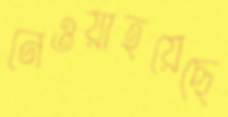
নেওয়াহয়েছে